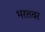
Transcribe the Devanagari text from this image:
भरतवर